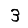
Digit: 3